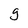
Character: g